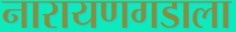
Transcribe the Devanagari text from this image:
नारायणगडाला